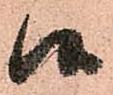
候